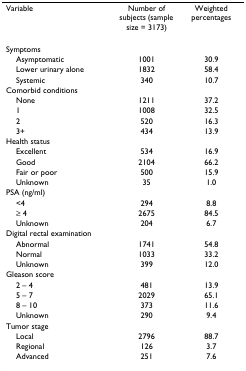
<table><thead><tr><td><b>Variable</b></td><td><b>Number of subjects (sample size = 3173)</b></td><td><b>Weighted percentages</b></td></tr></thead><tbody><tr><td>Symptoms</td><td></td><td></td></tr><tr><td> Asymptomatic</td><td>1001</td><td>30.9</td></tr><tr><td> Lower urinary alone</td><td>1832</td><td>58.4</td></tr><tr><td> Systemic</td><td>340</td><td>10.7</td></tr><tr><td>Comorbid conditions</td><td></td><td></td></tr><tr><td> None</td><td>1211</td><td>37.2</td></tr><tr><td> 1</td><td>1008</td><td>32.5</td></tr><tr><td> 2</td><td>520</td><td>16.3</td></tr><tr><td> 3+</td><td>434</td><td>13.9</td></tr><tr><td>Health status</td><td></td><td></td></tr><tr><td> Excellent</td><td>534</td><td>16.9</td></tr><tr><td> Good</td><td>2104</td><td>66.2</td></tr><tr><td> Fair or poor</td><td>500</td><td>15.9</td></tr><tr><td> Unknown</td><td>35</td><td>1.0</td></tr><tr><td>PSA (ng/ml)</td><td></td><td></td></tr><tr><td> &lt;4</td><td>294</td><td>8.8</td></tr><tr><td> ≥ 4</td><td>2675</td><td>84.5</td></tr><tr><td> Unknown</td><td>204</td><td>6.7</td></tr><tr><td>Digital rectal examination</td><td></td><td></td></tr><tr><td> Abnormal</td><td>1741</td><td>54.8</td></tr><tr><td> Normal</td><td>1033</td><td>33.2</td></tr><tr><td> Unknown</td><td>399</td><td>12.0</td></tr><tr><td>Gleason score</td><td></td><td></td></tr><tr><td> 2 – 4</td><td>481</td><td>13.9</td></tr><tr><td> 5 – 7</td><td>2029</td><td>65.1</td></tr><tr><td> 8 – 10</td><td>373</td><td>11.6</td></tr><tr><td> Unknown</td><td>290</td><td>9.4</td></tr><tr><td>Tumor stage</td><td></td><td></td></tr><tr><td> Local</td><td>2796</td><td>88.7</td></tr><tr><td> Regional</td><td>126</td><td>3.7</td></tr><tr><td> Advanced</td><td>251</td><td>7.6</td></tr></tbody></table>